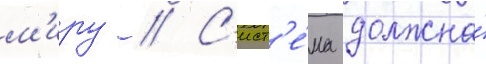
м'иру // С'ист'е́ма должна́